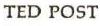
TED POST